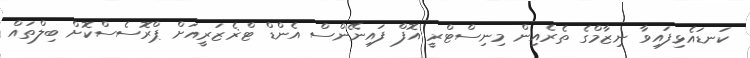
ކަނޑައެޅިފައިވާ ނިޒާމްގެ ތެރެއިން މިނިސްޓްރީ އޮފް ފައިނޭންސް އެންޑް ޓްޜެޒަރީއަށް ޕްރޮސެސްކޮށް ބިލްތައް